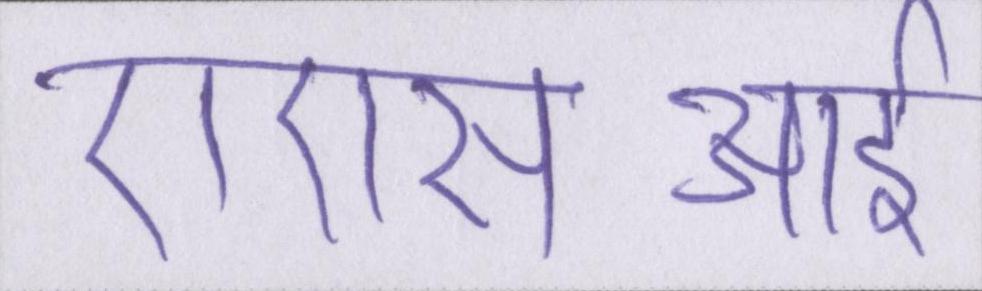
एएसआई